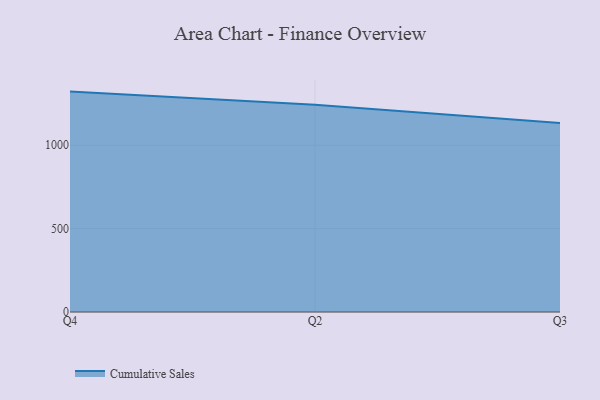
{"axis": {"x": "Quarter", "y": "Population (Million)"}, "legend": ["Cumulative Sales"], "data": [{"x": "Q4", "y": 1321.6, "type": "Cumulative Sales"}, {"x": "Q2", "y": 1242.2, "type": "Cumulative Sales"}, {"x": "Q3", "y": 1133.5, "type": "Cumulative Sales"}]}